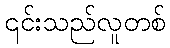
၎င်းသည်လူတစ်